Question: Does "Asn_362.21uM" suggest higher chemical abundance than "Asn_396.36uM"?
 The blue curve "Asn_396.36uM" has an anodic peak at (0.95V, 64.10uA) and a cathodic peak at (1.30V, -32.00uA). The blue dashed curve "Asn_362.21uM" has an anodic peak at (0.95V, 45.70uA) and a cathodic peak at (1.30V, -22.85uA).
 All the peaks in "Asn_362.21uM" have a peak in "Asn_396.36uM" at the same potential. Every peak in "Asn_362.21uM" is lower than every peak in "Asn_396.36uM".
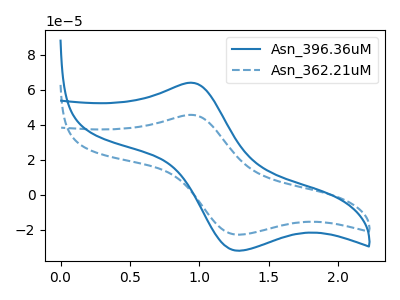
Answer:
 <answer>"Asn_362.21uM" has less signal than "Asn_396.36uM".</answer>
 <eval>less_signal</eval>